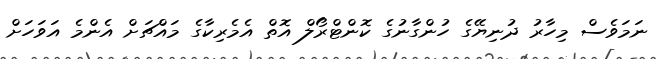
ނަމަވެސް މިހާރު ދުނިޔޭގެ ހުންގާނުގެ ކޮންޓްރޯލް އޮތް އެމެރިކާގެ މައްޗަށް އެންމެ އަވަހަށް